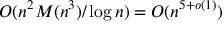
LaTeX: O ( n ^ { 2 } M ( n ^ { 3 } ) / \log { n } ) = O ( n ^ { 5 + o ( 1 ) } )